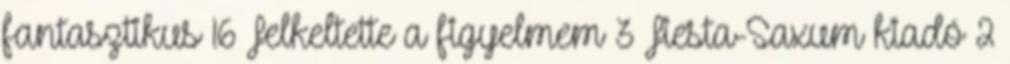
fantasztikus 16 Felkeltette a figyelmem 3 Fiesta-Saxum kiadó 2